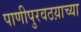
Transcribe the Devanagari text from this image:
पाणीपुरवठय़ाच्या